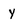
Character: Y